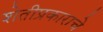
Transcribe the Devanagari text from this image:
शेतीप्रकाराचे